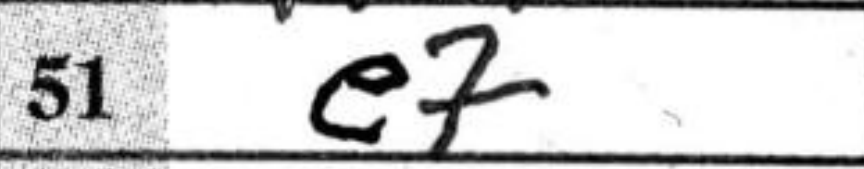
Transcription: e7